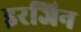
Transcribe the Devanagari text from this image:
इरजिन